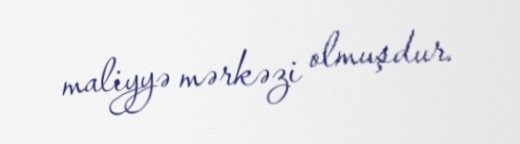
maliyyə mərkəzi olmuşdur.